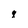
Character: q